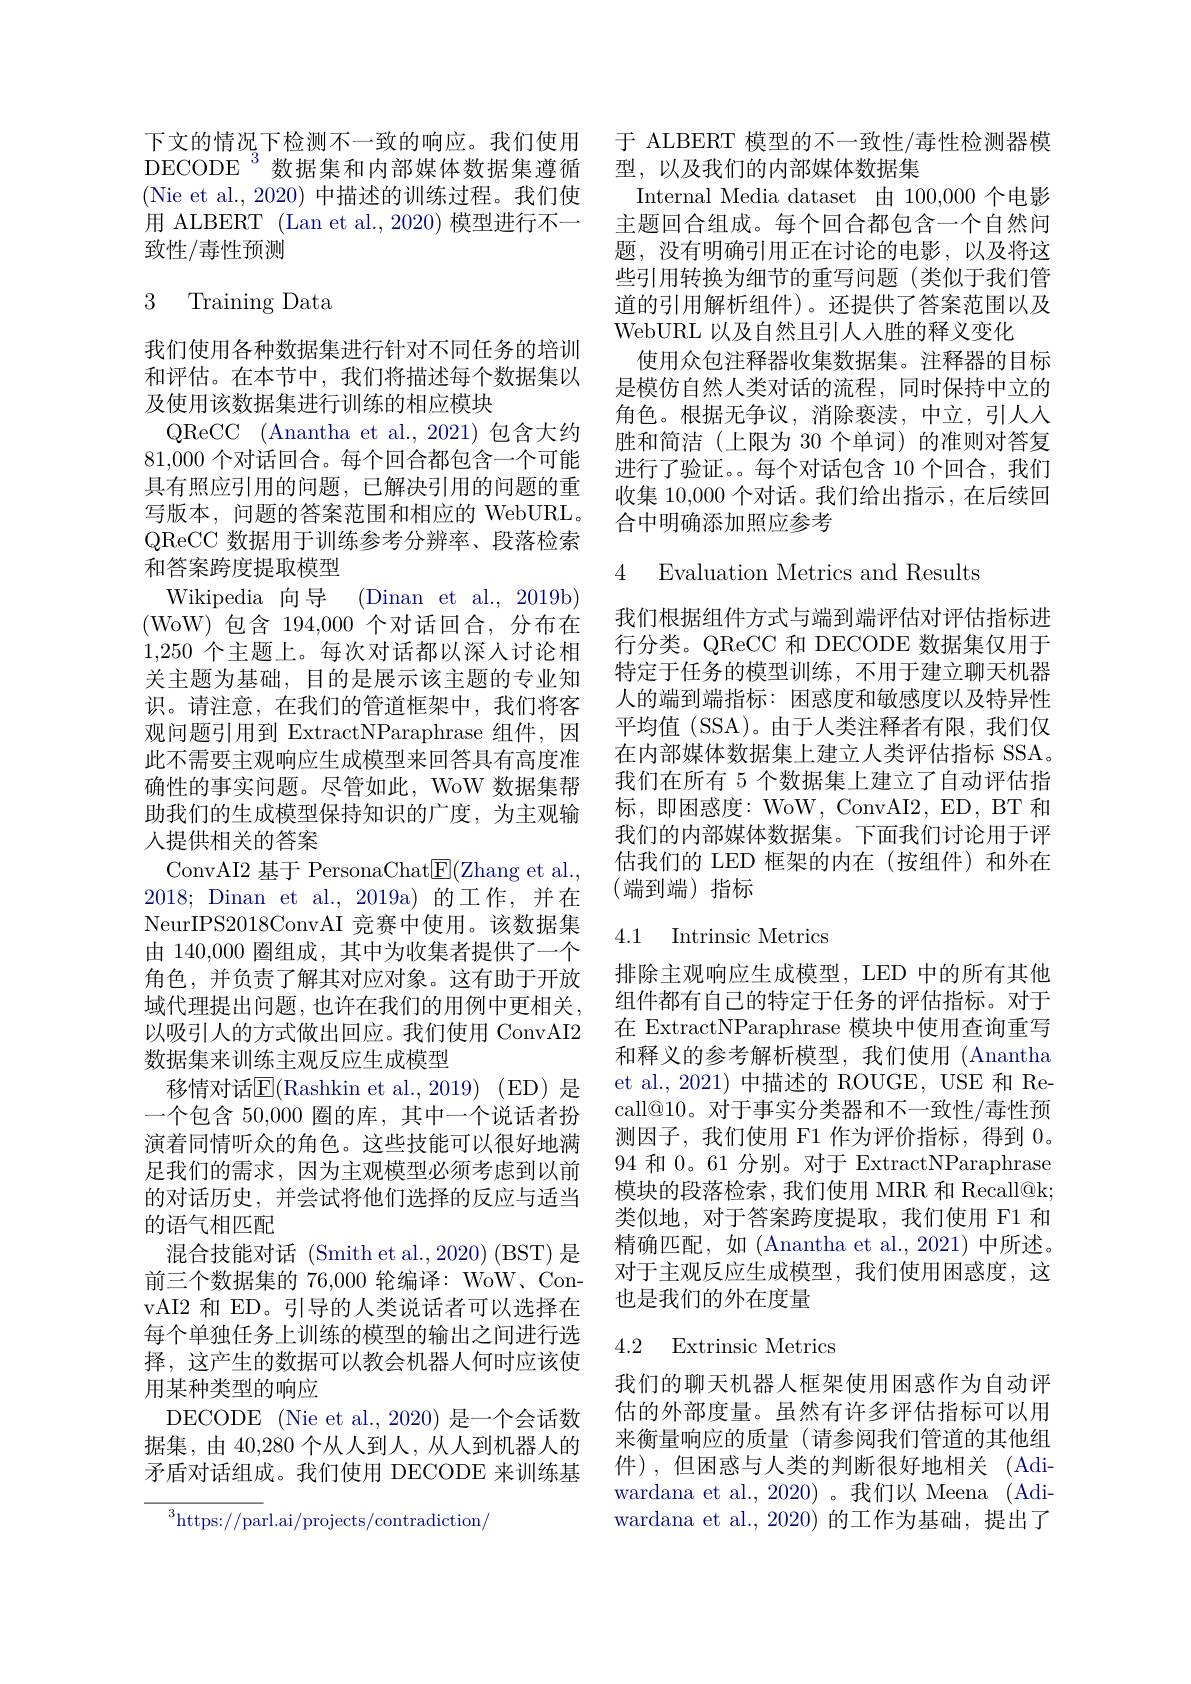
下文的情况下检测不一致的响应。我们使用DECODE $^{3}$数据集和内部媒体数据集遵循(Nie et al., 2020) 中描述的训练过程。我们使用 ALBERT (Lan et al., 2020) 模型进行不一致性/毒性预测

# 3 Training Data

我们使用各种数据集进行针对不同任务的培训和评估。在本节中，我们将描述每个数据集以及使用该数据集进行训练的相应模块
QReCC (Anantha et al.,2021)包含大约81,000个对话回合。每个回合都包含一个可能具有照应引用的问题，已解决引用的问题的重写版本，问题的答案范围和相应的 WebURL。QReCC 数 据 用 于 训 练 参 考 分 辨 率 、 段 落 检 索 和答案跨度提取模型
Wikipedia 向导 (Dinan et al., 2019b) (WoW)包含194，000个对话回合，分布在1,250个主题上。每次对话都以深人讨论相关主题为基础，目的是展示该主题的专业知识。请注意，在我们的管道框架中，我们将客观问题引用到 ExtractNParaphrase 组件，因此不需要主观响应生成模型来回答具有高度准确性的事实问题。尽管如此，WoW 数据集帮助我们的生成模型保持知识的广度，为主观输人提供相关的答案
ConvAI2 基于 PersonaChat$\underline{\mathrm{E}}($Zhang et al., 2018;Dinan et al.,2019a)的工作，并在NeurIPS2018ConvAI 竞赛中使用。该数据集由 140,000 圈组成，其中为收集者提供了一个角色，并负责了解其对应对象。这有助于开放域代理提出问题，也许在我们的用例中更相关， 以吸引人的方式做出回应。我们使用 ConvAI2数据集来训练主观反应生成模型
移情对话$\overline{\mathrm{E}}($Rashkin et al.,2019)(ED)是一个包含 50,000 圈的库，其中一个说话者扮演着同情听众的角色。这些技能可以很好地满足我们的需求，因为主观模型必须考虑到以前的对话历史，并尝试将他们选择的反应与适当的语气相匹配
混合技能对话 (Smith et al.,2020) (BST) 是前三个数据集的 76,000 轮编译：WoW、ConvAI2 和 ED。引导的人类说话者可以选择在每个单独任务上训练的模型的输出之间进行选择，这产生的数据可以教会机器人何时应该使用某种类型的响应
DECODE (Nie et al., 2020) 是一个会话数据集，由 40,280 个从人到人，从人到机器人的矛盾对话组成。我们使用 DECODE 来训练基
${^{3}\mathrm{https://parl.ai/projects/contradiction/}}$

于 ALBERT 模型的不一致性/毒性检测器模
型，以及我们的内部媒体数据集
Internal Media dataset 由 100,000 个电影主题回合组成。每个回合都包含一个自然问题，没有明确引用正在讨论的电影，以及将这些引用转换为细节的重写问题(类似于我们管道的引用解析组件)。还提供了答案范围以及WebURL 以及自然且引人人胜的释义变化
使用众包注释器收集数据集。注释器的目标是模仿自然人类对话的流程，同时保持中立的角色。根据无争议，消除亵渎，中立，引人人胜和简洁(上限为 30 个单词) 的准则对答复进行了验证。每个对话包含 10 个回合，我们收集 10,000 个对话。我们给出指示 , 在后续回合中明确添加照应参考

4 Evaluation Metrics and Results

我们根据组件方式与端到端评估对评估指标进行分类。QReCC 和 DECODE 数据集仅用于特定于任务的模型训练，不用于建立聊天机器人的端到端指标：困惑度和敏感度以及特异性平均值 (SSA)。由于人类注释者有限，我们仅在内部媒体数据集上建立人类评估指标 SSA。我们在所有 5 个数据集上建立了自动评估指标，即困惑度：WoW, ConvAI2, ED, BT 和我们的内部媒体数据集。下面我们讨论用于评估我们的 LED 框架的内在(按组件)和外在(端到端)指标

## 4.1 Intrinsic Metrics

排除主观响应生成模型，LED 中的所有其他组件都有自己的特定于任务的评估指标。对于在 ExtractNParaphrase 模块中使用查询重写和释义的参考解析模型，我们使用(Anantha et al., 2021) 中描述的 ROUGE, USE 和 Recall@10。对于事实分类器和不一致性/毒性预测因子，我们使用 F1 作为评价指标，得到0。94 和 0。61 分别。对于 ExtractNParaphrase 模块的段落检索，我们使用 MRR 和 Recall@k; 类似地，对于答案跨度提取，我们使用 F1 和精确匹配，如(Anantha et al.,2021)中所述。对于主观反应生成模型，我们使用困惑度，这也是我们的外在度量

### 4.2 Extrinsic Metrics

我们的聊天机器人框架使用困惑作为自动评估的外部度量。虽然有许多评估指标可以用来衡量响应的质量(请参阅我们管道的其他组件),但困惑与人类的判断很好地相关(Adiwardana et al., 2020) 。我们以 Meena (Adiwardana et al.,2020)的工作为基础，提出了